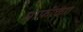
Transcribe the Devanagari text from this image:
माफ़ीकेंग